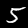
Label: 5